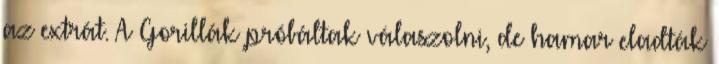
az extrát. A Gorillák próbáltak válaszolni, de hamar eladták